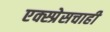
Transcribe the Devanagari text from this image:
एक्स्प्रेसचाही